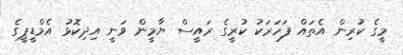
މީގެ ކުރިން އެތައް ފަހަރަކު ކުރީގެ ރައީސް ޔާމީން ވަނީ އިދިކޮޅު އެމްޑީޕީގެ